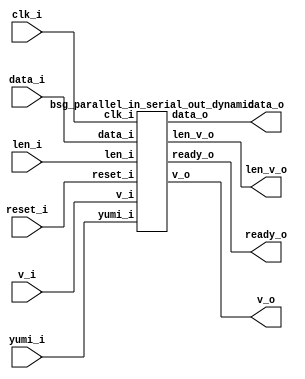
// This program was cloned from: https://github.com/chipsalliance/UHDM-integration-tests
// License: Apache License 2.0



module top
(
  clk_i,
  reset_i,
  v_i,
  len_i,
  data_i,
  ready_o,
  v_o,
  len_v_o,
  data_o,
  yumi_i
);

  input [2:0] len_i;
  input [79:0] data_i;
  output [15:0] data_o;
  input clk_i;
  input reset_i;
  input v_i;
  input yumi_i;
  output ready_o;
  output v_o;
  output len_v_o;

  bsg_parallel_in_serial_out_dynamic
  wrapper
  (
    .len_i(len_i),
    .data_i(data_i),
    .data_o(data_o),
    .clk_i(clk_i),
    .reset_i(reset_i),
    .v_i(v_i),
    .yumi_i(yumi_i),
    .ready_o(ready_o),
    .v_o(v_o),
    .len_v_o(len_v_o)
  );


endmodule



module bsg_mem_1r1w_synth_width_p3_els_p2_read_write_same_addr_p0
(
  w_clk_i,
  w_reset_i,
  w_v_i,
  w_addr_i,
  w_data_i,
  r_v_i,
  r_addr_i,
  r_data_o
);

  input [0:0] w_addr_i;
  input [2:0] w_data_i;
  input [0:0] r_addr_i;
  output [2:0] r_data_o;
  input w_clk_i;
  input w_reset_i;
  input w_v_i;
  input r_v_i;
  wire [2:0] r_data_o;
  wire N0,N1,N2,N3,N4,N5,N7,N8;
  wire [5:0] \nz.mem ;
  reg \nz.mem_5_sv2v_reg ,\nz.mem_4_sv2v_reg ,\nz.mem_3_sv2v_reg ,\nz.mem_2_sv2v_reg ,
  \nz.mem_1_sv2v_reg ,\nz.mem_0_sv2v_reg ;
  assign \nz.mem [5] = \nz.mem_5_sv2v_reg ;
  assign \nz.mem [4] = \nz.mem_4_sv2v_reg ;
  assign \nz.mem [3] = \nz.mem_3_sv2v_reg ;
  assign \nz.mem [2] = \nz.mem_2_sv2v_reg ;
  assign \nz.mem [1] = \nz.mem_1_sv2v_reg ;
  assign \nz.mem [0] = \nz.mem_0_sv2v_reg ;
  assign r_data_o[2] = (N3)? \nz.mem [2] : 
                       (N0)? \nz.mem [5] : 1'b0;
  assign N0 = r_addr_i[0];
  assign r_data_o[1] = (N3)? \nz.mem [1] : 
                       (N0)? \nz.mem [4] : 1'b0;
  assign r_data_o[0] = (N3)? \nz.mem [0] : 
                       (N0)? \nz.mem [3] : 1'b0;
  assign N5 = ~w_addr_i[0];
  assign { N8, N7 } = (N1)? { w_addr_i[0:0], N5 } : 
                      (N2)? { 1'b0, 1'b0 } : 1'b0;
  assign N1 = w_v_i;
  assign N2 = N4;
  assign N3 = ~r_addr_i[0];
  assign N4 = ~w_v_i;

  always @(posedge w_clk_i) begin
    if(N8) begin
      \nz.mem_5_sv2v_reg  <= w_data_i[2];
      \nz.mem_4_sv2v_reg  <= w_data_i[1];
      \nz.mem_3_sv2v_reg  <= w_data_i[0];
    end 
    if(N7) begin
      \nz.mem_2_sv2v_reg  <= w_data_i[2];
      \nz.mem_1_sv2v_reg  <= w_data_i[1];
      \nz.mem_0_sv2v_reg  <= w_data_i[0];
    end 
  end


endmodule



module bsg_mem_1r1w_width_p3_els_p2_read_write_same_addr_p0
(
  w_clk_i,
  w_reset_i,
  w_v_i,
  w_addr_i,
  w_data_i,
  r_v_i,
  r_addr_i,
  r_data_o
);

  input [0:0] w_addr_i;
  input [2:0] w_data_i;
  input [0:0] r_addr_i;
  output [2:0] r_data_o;
  input w_clk_i;
  input w_reset_i;
  input w_v_i;
  input r_v_i;
  wire [2:0] r_data_o;

  bsg_mem_1r1w_synth_width_p3_els_p2_read_write_same_addr_p0
  synth
  (
    .w_clk_i(w_clk_i),
    .w_reset_i(w_reset_i),
    .w_v_i(w_v_i),
    .w_addr_i(w_addr_i[0]),
    .w_data_i(w_data_i),
    .r_v_i(r_v_i),
    .r_addr_i(r_addr_i[0]),
    .r_data_o(r_data_o)
  );


endmodule



module bsg_two_fifo_width_p3
(
  clk_i,
  reset_i,
  ready_o,
  data_i,
  v_i,
  v_o,
  data_o,
  yumi_i
);

  input [2:0] data_i;
  output [2:0] data_o;
  input clk_i;
  input reset_i;
  input v_i;
  input yumi_i;
  output ready_o;
  output v_o;
  wire [2:0] data_o;
  wire ready_o,v_o,enq_i,tail_r,_0_net_,head_r,empty_r,full_r,N0,N1,N2,N3,N4,N5,N6,N7,
  N8,N9,N10,N11,N12,N13,N14;
  reg full_r_sv2v_reg,tail_r_sv2v_reg,head_r_sv2v_reg,empty_r_sv2v_reg;
  assign full_r = full_r_sv2v_reg;
  assign tail_r = tail_r_sv2v_reg;
  assign head_r = head_r_sv2v_reg;
  assign empty_r = empty_r_sv2v_reg;

  bsg_mem_1r1w_width_p3_els_p2_read_write_same_addr_p0
  mem_1r1w
  (
    .w_clk_i(clk_i),
    .w_reset_i(reset_i),
    .w_v_i(enq_i),
    .w_addr_i(tail_r),
    .w_data_i(data_i),
    .r_v_i(_0_net_),
    .r_addr_i(head_r),
    .r_data_o(data_o)
  );

  assign _0_net_ = ~empty_r;
  assign v_o = ~empty_r;
  assign ready_o = ~full_r;
  assign enq_i = v_i & N5;
  assign N5 = ~full_r;
  assign N1 = enq_i;
  assign N0 = ~tail_r;
  assign N2 = ~head_r;
  assign N3 = N7 | N9;
  assign N7 = empty_r & N6;
  assign N6 = ~enq_i;
  assign N9 = N8 & N6;
  assign N8 = N5 & yumi_i;
  assign N4 = N13 | N14;
  assign N13 = N11 & N12;
  assign N11 = N10 & enq_i;
  assign N10 = ~empty_r;
  assign N12 = ~yumi_i;
  assign N14 = full_r & N12;

  always @(posedge clk_i) begin
    if(reset_i) begin
      full_r_sv2v_reg <= 1'b0;
      empty_r_sv2v_reg <= 1'b1;
    end else if(1'b1) begin
      full_r_sv2v_reg <= N4;
      empty_r_sv2v_reg <= N3;
    end 
    if(reset_i) begin
      tail_r_sv2v_reg <= 1'b0;
    end else if(N1) begin
      tail_r_sv2v_reg <= N0;
    end 
    if(reset_i) begin
      head_r_sv2v_reg <= 1'b0;
    end else if(yumi_i) begin
      head_r_sv2v_reg <= N2;
    end 
  end


endmodule



module bsg_mem_1r1w_synth_width_p80_els_p2_read_write_same_addr_p0
(
  w_clk_i,
  w_reset_i,
  w_v_i,
  w_addr_i,
  w_data_i,
  r_v_i,
  r_addr_i,
  r_data_o
);

  input [0:0] w_addr_i;
  input [79:0] w_data_i;
  input [0:0] r_addr_i;
  output [79:0] r_data_o;
  input w_clk_i;
  input w_reset_i;
  input w_v_i;
  input r_v_i;
  wire [79:0] r_data_o;
  wire N0,N1,N2,N3,N4,N5,N7,N8;
  wire [159:0] \nz.mem ;
  reg \nz.mem_159_sv2v_reg ,\nz.mem_158_sv2v_reg ,\nz.mem_157_sv2v_reg ,
  \nz.mem_156_sv2v_reg ,\nz.mem_155_sv2v_reg ,\nz.mem_154_sv2v_reg ,\nz.mem_153_sv2v_reg ,
  \nz.mem_152_sv2v_reg ,\nz.mem_151_sv2v_reg ,\nz.mem_150_sv2v_reg ,
  \nz.mem_149_sv2v_reg ,\nz.mem_148_sv2v_reg ,\nz.mem_147_sv2v_reg ,\nz.mem_146_sv2v_reg ,
  \nz.mem_145_sv2v_reg ,\nz.mem_144_sv2v_reg ,\nz.mem_143_sv2v_reg ,\nz.mem_142_sv2v_reg ,
  \nz.mem_141_sv2v_reg ,\nz.mem_140_sv2v_reg ,\nz.mem_139_sv2v_reg ,
  \nz.mem_138_sv2v_reg ,\nz.mem_137_sv2v_reg ,\nz.mem_136_sv2v_reg ,\nz.mem_135_sv2v_reg ,
  \nz.mem_134_sv2v_reg ,\nz.mem_133_sv2v_reg ,\nz.mem_132_sv2v_reg ,\nz.mem_131_sv2v_reg ,
  \nz.mem_130_sv2v_reg ,\nz.mem_129_sv2v_reg ,\nz.mem_128_sv2v_reg ,
  \nz.mem_127_sv2v_reg ,\nz.mem_126_sv2v_reg ,\nz.mem_125_sv2v_reg ,\nz.mem_124_sv2v_reg ,
  \nz.mem_123_sv2v_reg ,\nz.mem_122_sv2v_reg ,\nz.mem_121_sv2v_reg ,\nz.mem_120_sv2v_reg ,
  \nz.mem_119_sv2v_reg ,\nz.mem_118_sv2v_reg ,\nz.mem_117_sv2v_reg ,
  \nz.mem_116_sv2v_reg ,\nz.mem_115_sv2v_reg ,\nz.mem_114_sv2v_reg ,\nz.mem_113_sv2v_reg ,
  \nz.mem_112_sv2v_reg ,\nz.mem_111_sv2v_reg ,\nz.mem_110_sv2v_reg ,
  \nz.mem_109_sv2v_reg ,\nz.mem_108_sv2v_reg ,\nz.mem_107_sv2v_reg ,\nz.mem_106_sv2v_reg ,
  \nz.mem_105_sv2v_reg ,\nz.mem_104_sv2v_reg ,\nz.mem_103_sv2v_reg ,\nz.mem_102_sv2v_reg ,
  \nz.mem_101_sv2v_reg ,\nz.mem_100_sv2v_reg ,\nz.mem_99_sv2v_reg ,
  \nz.mem_98_sv2v_reg ,\nz.mem_97_sv2v_reg ,\nz.mem_96_sv2v_reg ,\nz.mem_95_sv2v_reg ,
  \nz.mem_94_sv2v_reg ,\nz.mem_93_sv2v_reg ,\nz.mem_92_sv2v_reg ,\nz.mem_91_sv2v_reg ,
  \nz.mem_90_sv2v_reg ,\nz.mem_89_sv2v_reg ,\nz.mem_88_sv2v_reg ,\nz.mem_87_sv2v_reg ,
  \nz.mem_86_sv2v_reg ,\nz.mem_85_sv2v_reg ,\nz.mem_84_sv2v_reg ,\nz.mem_83_sv2v_reg ,
  \nz.mem_82_sv2v_reg ,\nz.mem_81_sv2v_reg ,\nz.mem_80_sv2v_reg ,
  \nz.mem_79_sv2v_reg ,\nz.mem_78_sv2v_reg ,\nz.mem_77_sv2v_reg ,\nz.mem_76_sv2v_reg ,
  \nz.mem_75_sv2v_reg ,\nz.mem_74_sv2v_reg ,\nz.mem_73_sv2v_reg ,\nz.mem_72_sv2v_reg ,
  \nz.mem_71_sv2v_reg ,\nz.mem_70_sv2v_reg ,\nz.mem_69_sv2v_reg ,\nz.mem_68_sv2v_reg ,
  \nz.mem_67_sv2v_reg ,\nz.mem_66_sv2v_reg ,\nz.mem_65_sv2v_reg ,\nz.mem_64_sv2v_reg ,
  \nz.mem_63_sv2v_reg ,\nz.mem_62_sv2v_reg ,\nz.mem_61_sv2v_reg ,\nz.mem_60_sv2v_reg ,
  \nz.mem_59_sv2v_reg ,\nz.mem_58_sv2v_reg ,\nz.mem_57_sv2v_reg ,
  \nz.mem_56_sv2v_reg ,\nz.mem_55_sv2v_reg ,\nz.mem_54_sv2v_reg ,\nz.mem_53_sv2v_reg ,
  \nz.mem_52_sv2v_reg ,\nz.mem_51_sv2v_reg ,\nz.mem_50_sv2v_reg ,\nz.mem_49_sv2v_reg ,
  \nz.mem_48_sv2v_reg ,\nz.mem_47_sv2v_reg ,\nz.mem_46_sv2v_reg ,\nz.mem_45_sv2v_reg ,
  \nz.mem_44_sv2v_reg ,\nz.mem_43_sv2v_reg ,\nz.mem_42_sv2v_reg ,\nz.mem_41_sv2v_reg ,
  \nz.mem_40_sv2v_reg ,\nz.mem_39_sv2v_reg ,\nz.mem_38_sv2v_reg ,
  \nz.mem_37_sv2v_reg ,\nz.mem_36_sv2v_reg ,\nz.mem_35_sv2v_reg ,\nz.mem_34_sv2v_reg ,
  \nz.mem_33_sv2v_reg ,\nz.mem_32_sv2v_reg ,\nz.mem_31_sv2v_reg ,\nz.mem_30_sv2v_reg ,
  \nz.mem_29_sv2v_reg ,\nz.mem_28_sv2v_reg ,\nz.mem_27_sv2v_reg ,\nz.mem_26_sv2v_reg ,
  \nz.mem_25_sv2v_reg ,\nz.mem_24_sv2v_reg ,\nz.mem_23_sv2v_reg ,\nz.mem_22_sv2v_reg ,
  \nz.mem_21_sv2v_reg ,\nz.mem_20_sv2v_reg ,\nz.mem_19_sv2v_reg ,
  \nz.mem_18_sv2v_reg ,\nz.mem_17_sv2v_reg ,\nz.mem_16_sv2v_reg ,\nz.mem_15_sv2v_reg ,
  \nz.mem_14_sv2v_reg ,\nz.mem_13_sv2v_reg ,\nz.mem_12_sv2v_reg ,\nz.mem_11_sv2v_reg ,
  \nz.mem_10_sv2v_reg ,\nz.mem_9_sv2v_reg ,\nz.mem_8_sv2v_reg ,\nz.mem_7_sv2v_reg ,
  \nz.mem_6_sv2v_reg ,\nz.mem_5_sv2v_reg ,\nz.mem_4_sv2v_reg ,\nz.mem_3_sv2v_reg ,
  \nz.mem_2_sv2v_reg ,\nz.mem_1_sv2v_reg ,\nz.mem_0_sv2v_reg ;
  assign \nz.mem [159] = \nz.mem_159_sv2v_reg ;
  assign \nz.mem [158] = \nz.mem_158_sv2v_reg ;
  assign \nz.mem [157] = \nz.mem_157_sv2v_reg ;
  assign \nz.mem [156] = \nz.mem_156_sv2v_reg ;
  assign \nz.mem [155] = \nz.mem_155_sv2v_reg ;
  assign \nz.mem [154] = \nz.mem_154_sv2v_reg ;
  assign \nz.mem [153] = \nz.mem_153_sv2v_reg ;
  assign \nz.mem [152] = \nz.mem_152_sv2v_reg ;
  assign \nz.mem [151] = \nz.mem_151_sv2v_reg ;
  assign \nz.mem [150] = \nz.mem_150_sv2v_reg ;
  assign \nz.mem [149] = \nz.mem_149_sv2v_reg ;
  assign \nz.mem [148] = \nz.mem_148_sv2v_reg ;
  assign \nz.mem [147] = \nz.mem_147_sv2v_reg ;
  assign \nz.mem [146] = \nz.mem_146_sv2v_reg ;
  assign \nz.mem [145] = \nz.mem_145_sv2v_reg ;
  assign \nz.mem [144] = \nz.mem_144_sv2v_reg ;
  assign \nz.mem [143] = \nz.mem_143_sv2v_reg ;
  assign \nz.mem [142] = \nz.mem_142_sv2v_reg ;
  assign \nz.mem [141] = \nz.mem_141_sv2v_reg ;
  assign \nz.mem [140] = \nz.mem_140_sv2v_reg ;
  assign \nz.mem [139] = \nz.mem_139_sv2v_reg ;
  assign \nz.mem [138] = \nz.mem_138_sv2v_reg ;
  assign \nz.mem [137] = \nz.mem_137_sv2v_reg ;
  assign \nz.mem [136] = \nz.mem_136_sv2v_reg ;
  assign \nz.mem [135] = \nz.mem_135_sv2v_reg ;
  assign \nz.mem [134] = \nz.mem_134_sv2v_reg ;
  assign \nz.mem [133] = \nz.mem_133_sv2v_reg ;
  assign \nz.mem [132] = \nz.mem_132_sv2v_reg ;
  assign \nz.mem [131] = \nz.mem_131_sv2v_reg ;
  assign \nz.mem [130] = \nz.mem_130_sv2v_reg ;
  assign \nz.mem [129] = \nz.mem_129_sv2v_reg ;
  assign \nz.mem [128] = \nz.mem_128_sv2v_reg ;
  assign \nz.mem [127] = \nz.mem_127_sv2v_reg ;
  assign \nz.mem [126] = \nz.mem_126_sv2v_reg ;
  assign \nz.mem [125] = \nz.mem_125_sv2v_reg ;
  assign \nz.mem [124] = \nz.mem_124_sv2v_reg ;
  assign \nz.mem [123] = \nz.mem_123_sv2v_reg ;
  assign \nz.mem [122] = \nz.mem_122_sv2v_reg ;
  assign \nz.mem [121] = \nz.mem_121_sv2v_reg ;
  assign \nz.mem [120] = \nz.mem_120_sv2v_reg ;
  assign \nz.mem [119] = \nz.mem_119_sv2v_reg ;
  assign \nz.mem [118] = \nz.mem_118_sv2v_reg ;
  assign \nz.mem [117] = \nz.mem_117_sv2v_reg ;
  assign \nz.mem [116] = \nz.mem_116_sv2v_reg ;
  assign \nz.mem [115] = \nz.mem_115_sv2v_reg ;
  assign \nz.mem [114] = \nz.mem_114_sv2v_reg ;
  assign \nz.mem [113] = \nz.mem_113_sv2v_reg ;
  assign \nz.mem [112] = \nz.mem_112_sv2v_reg ;
  assign \nz.mem [111] = \nz.mem_111_sv2v_reg ;
  assign \nz.mem [110] = \nz.mem_110_sv2v_reg ;
  assign \nz.mem [109] = \nz.mem_109_sv2v_reg ;
  assign \nz.mem [108] = \nz.mem_108_sv2v_reg ;
  assign \nz.mem [107] = \nz.mem_107_sv2v_reg ;
  assign \nz.mem [106] = \nz.mem_106_sv2v_reg ;
  assign \nz.mem [105] = \nz.mem_105_sv2v_reg ;
  assign \nz.mem [104] = \nz.mem_104_sv2v_reg ;
  assign \nz.mem [103] = \nz.mem_103_sv2v_reg ;
  assign \nz.mem [102] = \nz.mem_102_sv2v_reg ;
  assign \nz.mem [101] = \nz.mem_101_sv2v_reg ;
  assign \nz.mem [100] = \nz.mem_100_sv2v_reg ;
  assign \nz.mem [99] = \nz.mem_99_sv2v_reg ;
  assign \nz.mem [98] = \nz.mem_98_sv2v_reg ;
  assign \nz.mem [97] = \nz.mem_97_sv2v_reg ;
  assign \nz.mem [96] = \nz.mem_96_sv2v_reg ;
  assign \nz.mem [95] = \nz.mem_95_sv2v_reg ;
  assign \nz.mem [94] = \nz.mem_94_sv2v_reg ;
  assign \nz.mem [93] = \nz.mem_93_sv2v_reg ;
  assign \nz.mem [92] = \nz.mem_92_sv2v_reg ;
  assign \nz.mem [91] = \nz.mem_91_sv2v_reg ;
  assign \nz.mem [90] = \nz.mem_90_sv2v_reg ;
  assign \nz.mem [89] = \nz.mem_89_sv2v_reg ;
  assign \nz.mem [88] = \nz.mem_88_sv2v_reg ;
  assign \nz.mem [87] = \nz.mem_87_sv2v_reg ;
  assign \nz.mem [86] = \nz.mem_86_sv2v_reg ;
  assign \nz.mem [85] = \nz.mem_85_sv2v_reg ;
  assign \nz.mem [84] = \nz.mem_84_sv2v_reg ;
  assign \nz.mem [83] = \nz.mem_83_sv2v_reg ;
  assign \nz.mem [82] = \nz.mem_82_sv2v_reg ;
  assign \nz.mem [81] = \nz.mem_81_sv2v_reg ;
  assign \nz.mem [80] = \nz.mem_80_sv2v_reg ;
  assign \nz.mem [79] = \nz.mem_79_sv2v_reg ;
  assign \nz.mem [78] = \nz.mem_78_sv2v_reg ;
  assign \nz.mem [77] = \nz.mem_77_sv2v_reg ;
  assign \nz.mem [76] = \nz.mem_76_sv2v_reg ;
  assign \nz.mem [75] = \nz.mem_75_sv2v_reg ;
  assign \nz.mem [74] = \nz.mem_74_sv2v_reg ;
  assign \nz.mem [73] = \nz.mem_73_sv2v_reg ;
  assign \nz.mem [72] = \nz.mem_72_sv2v_reg ;
  assign \nz.mem [71] = \nz.mem_71_sv2v_reg ;
  assign \nz.mem [70] = \nz.mem_70_sv2v_reg ;
  assign \nz.mem [69] = \nz.mem_69_sv2v_reg ;
  assign \nz.mem [68] = \nz.mem_68_sv2v_reg ;
  assign \nz.mem [67] = \nz.mem_67_sv2v_reg ;
  assign \nz.mem [66] = \nz.mem_66_sv2v_reg ;
  assign \nz.mem [65] = \nz.mem_65_sv2v_reg ;
  assign \nz.mem [64] = \nz.mem_64_sv2v_reg ;
  assign \nz.mem [63] = \nz.mem_63_sv2v_reg ;
  assign \nz.mem [62] = \nz.mem_62_sv2v_reg ;
  assign \nz.mem [61] = \nz.mem_61_sv2v_reg ;
  assign \nz.mem [60] = \nz.mem_60_sv2v_reg ;
  assign \nz.mem [59] = \nz.mem_59_sv2v_reg ;
  assign \nz.mem [58] = \nz.mem_58_sv2v_reg ;
  assign \nz.mem [57] = \nz.mem_57_sv2v_reg ;
  assign \nz.mem [56] = \nz.mem_56_sv2v_reg ;
  assign \nz.mem [55] = \nz.mem_55_sv2v_reg ;
  assign \nz.mem [54] = \nz.mem_54_sv2v_reg ;
  assign \nz.mem [53] = \nz.mem_53_sv2v_reg ;
  assign \nz.mem [52] = \nz.mem_52_sv2v_reg ;
  assign \nz.mem [51] = \nz.mem_51_sv2v_reg ;
  assign \nz.mem [50] = \nz.mem_50_sv2v_reg ;
  assign \nz.mem [49] = \nz.mem_49_sv2v_reg ;
  assign \nz.mem [48] = \nz.mem_48_sv2v_reg ;
  assign \nz.mem [47] = \nz.mem_47_sv2v_reg ;
  assign \nz.mem [46] = \nz.mem_46_sv2v_reg ;
  assign \nz.mem [45] = \nz.mem_45_sv2v_reg ;
  assign \nz.mem [44] = \nz.mem_44_sv2v_reg ;
  assign \nz.mem [43] = \nz.mem_43_sv2v_reg ;
  assign \nz.mem [42] = \nz.mem_42_sv2v_reg ;
  assign \nz.mem [41] = \nz.mem_41_sv2v_reg ;
  assign \nz.mem [40] = \nz.mem_40_sv2v_reg ;
  assign \nz.mem [39] = \nz.mem_39_sv2v_reg ;
  assign \nz.mem [38] = \nz.mem_38_sv2v_reg ;
  assign \nz.mem [37] = \nz.mem_37_sv2v_reg ;
  assign \nz.mem [36] = \nz.mem_36_sv2v_reg ;
  assign \nz.mem [35] = \nz.mem_35_sv2v_reg ;
  assign \nz.mem [34] = \nz.mem_34_sv2v_reg ;
  assign \nz.mem [33] = \nz.mem_33_sv2v_reg ;
  assign \nz.mem [32] = \nz.mem_32_sv2v_reg ;
  assign \nz.mem [31] = \nz.mem_31_sv2v_reg ;
  assign \nz.mem [30] = \nz.mem_30_sv2v_reg ;
  assign \nz.mem [29] = \nz.mem_29_sv2v_reg ;
  assign \nz.mem [28] = \nz.mem_28_sv2v_reg ;
  assign \nz.mem [27] = \nz.mem_27_sv2v_reg ;
  assign \nz.mem [26] = \nz.mem_26_sv2v_reg ;
  assign \nz.mem [25] = \nz.mem_25_sv2v_reg ;
  assign \nz.mem [24] = \nz.mem_24_sv2v_reg ;
  assign \nz.mem [23] = \nz.mem_23_sv2v_reg ;
  assign \nz.mem [22] = \nz.mem_22_sv2v_reg ;
  assign \nz.mem [21] = \nz.mem_21_sv2v_reg ;
  assign \nz.mem [20] = \nz.mem_20_sv2v_reg ;
  assign \nz.mem [19] = \nz.mem_19_sv2v_reg ;
  assign \nz.mem [18] = \nz.mem_18_sv2v_reg ;
  assign \nz.mem [17] = \nz.mem_17_sv2v_reg ;
  assign \nz.mem [16] = \nz.mem_16_sv2v_reg ;
  assign \nz.mem [15] = \nz.mem_15_sv2v_reg ;
  assign \nz.mem [14] = \nz.mem_14_sv2v_reg ;
  assign \nz.mem [13] = \nz.mem_13_sv2v_reg ;
  assign \nz.mem [12] = \nz.mem_12_sv2v_reg ;
  assign \nz.mem [11] = \nz.mem_11_sv2v_reg ;
  assign \nz.mem [10] = \nz.mem_10_sv2v_reg ;
  assign \nz.mem [9] = \nz.mem_9_sv2v_reg ;
  assign \nz.mem [8] = \nz.mem_8_sv2v_reg ;
  assign \nz.mem [7] = \nz.mem_7_sv2v_reg ;
  assign \nz.mem [6] = \nz.mem_6_sv2v_reg ;
  assign \nz.mem [5] = \nz.mem_5_sv2v_reg ;
  assign \nz.mem [4] = \nz.mem_4_sv2v_reg ;
  assign \nz.mem [3] = \nz.mem_3_sv2v_reg ;
  assign \nz.mem [2] = \nz.mem_2_sv2v_reg ;
  assign \nz.mem [1] = \nz.mem_1_sv2v_reg ;
  assign \nz.mem [0] = \nz.mem_0_sv2v_reg ;
  assign r_data_o[79] = (N3)? \nz.mem [79] : 
                        (N0)? \nz.mem [159] : 1'b0;
  assign N0 = r_addr_i[0];
  assign r_data_o[78] = (N3)? \nz.mem [78] : 
                        (N0)? \nz.mem [158] : 1'b0;
  assign r_data_o[77] = (N3)? \nz.mem [77] : 
                        (N0)? \nz.mem [157] : 1'b0;
  assign r_data_o[76] = (N3)? \nz.mem [76] : 
                        (N0)? \nz.mem [156] : 1'b0;
  assign r_data_o[75] = (N3)? \nz.mem [75] : 
                        (N0)? \nz.mem [155] : 1'b0;
  assign r_data_o[74] = (N3)? \nz.mem [74] : 
                        (N0)? \nz.mem [154] : 1'b0;
  assign r_data_o[73] = (N3)? \nz.mem [73] : 
                        (N0)? \nz.mem [153] : 1'b0;
  assign r_data_o[72] = (N3)? \nz.mem [72] : 
                        (N0)? \nz.mem [152] : 1'b0;
  assign r_data_o[71] = (N3)? \nz.mem [71] : 
                        (N0)? \nz.mem [151] : 1'b0;
  assign r_data_o[70] = (N3)? \nz.mem [70] : 
                        (N0)? \nz.mem [150] : 1'b0;
  assign r_data_o[69] = (N3)? \nz.mem [69] : 
                        (N0)? \nz.mem [149] : 1'b0;
  assign r_data_o[68] = (N3)? \nz.mem [68] : 
                        (N0)? \nz.mem [148] : 1'b0;
  assign r_data_o[67] = (N3)? \nz.mem [67] : 
                        (N0)? \nz.mem [147] : 1'b0;
  assign r_data_o[66] = (N3)? \nz.mem [66] : 
                        (N0)? \nz.mem [146] : 1'b0;
  assign r_data_o[65] = (N3)? \nz.mem [65] : 
                        (N0)? \nz.mem [145] : 1'b0;
  assign r_data_o[64] = (N3)? \nz.mem [64] : 
                        (N0)? \nz.mem [144] : 1'b0;
  assign r_data_o[63] = (N3)? \nz.mem [63] : 
                        (N0)? \nz.mem [143] : 1'b0;
  assign r_data_o[62] = (N3)? \nz.mem [62] : 
                        (N0)? \nz.mem [142] : 1'b0;
  assign r_data_o[61] = (N3)? \nz.mem [61] : 
                        (N0)? \nz.mem [141] : 1'b0;
  assign r_data_o[60] = (N3)? \nz.mem [60] : 
                        (N0)? \nz.mem [140] : 1'b0;
  assign r_data_o[59] = (N3)? \nz.mem [59] : 
                        (N0)? \nz.mem [139] : 1'b0;
  assign r_data_o[58] = (N3)? \nz.mem [58] : 
                        (N0)? \nz.mem [138] : 1'b0;
  assign r_data_o[57] = (N3)? \nz.mem [57] : 
                        (N0)? \nz.mem [137] : 1'b0;
  assign r_data_o[56] = (N3)? \nz.mem [56] : 
                        (N0)? \nz.mem [136] : 1'b0;
  assign r_data_o[55] = (N3)? \nz.mem [55] : 
                        (N0)? \nz.mem [135] : 1'b0;
  assign r_data_o[54] = (N3)? \nz.mem [54] : 
                        (N0)? \nz.mem [134] : 1'b0;
  assign r_data_o[53] = (N3)? \nz.mem [53] : 
                        (N0)? \nz.mem [133] : 1'b0;
  assign r_data_o[52] = (N3)? \nz.mem [52] : 
                        (N0)? \nz.mem [132] : 1'b0;
  assign r_data_o[51] = (N3)? \nz.mem [51] : 
                        (N0)? \nz.mem [131] : 1'b0;
  assign r_data_o[50] = (N3)? \nz.mem [50] : 
                        (N0)? \nz.mem [130] : 1'b0;
  assign r_data_o[49] = (N3)? \nz.mem [49] : 
                        (N0)? \nz.mem [129] : 1'b0;
  assign r_data_o[48] = (N3)? \nz.mem [48] : 
                        (N0)? \nz.mem [128] : 1'b0;
  assign r_data_o[47] = (N3)? \nz.mem [47] : 
                        (N0)? \nz.mem [127] : 1'b0;
  assign r_data_o[46] = (N3)? \nz.mem [46] : 
                        (N0)? \nz.mem [126] : 1'b0;
  assign r_data_o[45] = (N3)? \nz.mem [45] : 
                        (N0)? \nz.mem [125] : 1'b0;
  assign r_data_o[44] = (N3)? \nz.mem [44] : 
                        (N0)? \nz.mem [124] : 1'b0;
  assign r_data_o[43] = (N3)? \nz.mem [43] : 
                        (N0)? \nz.mem [123] : 1'b0;
  assign r_data_o[42] = (N3)? \nz.mem [42] : 
                        (N0)? \nz.mem [122] : 1'b0;
  assign r_data_o[41] = (N3)? \nz.mem [41] : 
                        (N0)? \nz.mem [121] : 1'b0;
  assign r_data_o[40] = (N3)? \nz.mem [40] : 
                        (N0)? \nz.mem [120] : 1'b0;
  assign r_data_o[39] = (N3)? \nz.mem [39] : 
                        (N0)? \nz.mem [119] : 1'b0;
  assign r_data_o[38] = (N3)? \nz.mem [38] : 
                        (N0)? \nz.mem [118] : 1'b0;
  assign r_data_o[37] = (N3)? \nz.mem [37] : 
                        (N0)? \nz.mem [117] : 1'b0;
  assign r_data_o[36] = (N3)? \nz.mem [36] : 
                        (N0)? \nz.mem [116] : 1'b0;
  assign r_data_o[35] = (N3)? \nz.mem [35] : 
                        (N0)? \nz.mem [115] : 1'b0;
  assign r_data_o[34] = (N3)? \nz.mem [34] : 
                        (N0)? \nz.mem [114] : 1'b0;
  assign r_data_o[33] = (N3)? \nz.mem [33] : 
                        (N0)? \nz.mem [113] : 1'b0;
  assign r_data_o[32] = (N3)? \nz.mem [32] : 
                        (N0)? \nz.mem [112] : 1'b0;
  assign r_data_o[31] = (N3)? \nz.mem [31] : 
                        (N0)? \nz.mem [111] : 1'b0;
  assign r_data_o[30] = (N3)? \nz.mem [30] : 
                        (N0)? \nz.mem [110] : 1'b0;
  assign r_data_o[29] = (N3)? \nz.mem [29] : 
                        (N0)? \nz.mem [109] : 1'b0;
  assign r_data_o[28] = (N3)? \nz.mem [28] : 
                        (N0)? \nz.mem [108] : 1'b0;
  assign r_data_o[27] = (N3)? \nz.mem [27] : 
                        (N0)? \nz.mem [107] : 1'b0;
  assign r_data_o[26] = (N3)? \nz.mem [26] : 
                        (N0)? \nz.mem [106] : 1'b0;
  assign r_data_o[25] = (N3)? \nz.mem [25] : 
                        (N0)? \nz.mem [105] : 1'b0;
  assign r_data_o[24] = (N3)? \nz.mem [24] : 
                        (N0)? \nz.mem [104] : 1'b0;
  assign r_data_o[23] = (N3)? \nz.mem [23] : 
                        (N0)? \nz.mem [103] : 1'b0;
  assign r_data_o[22] = (N3)? \nz.mem [22] : 
                        (N0)? \nz.mem [102] : 1'b0;
  assign r_data_o[21] = (N3)? \nz.mem [21] : 
                        (N0)? \nz.mem [101] : 1'b0;
  assign r_data_o[20] = (N3)? \nz.mem [20] : 
                        (N0)? \nz.mem [100] : 1'b0;
  assign r_data_o[19] = (N3)? \nz.mem [19] : 
                        (N0)? \nz.mem [99] : 1'b0;
  assign r_data_o[18] = (N3)? \nz.mem [18] : 
                        (N0)? \nz.mem [98] : 1'b0;
  assign r_data_o[17] = (N3)? \nz.mem [17] : 
                        (N0)? \nz.mem [97] : 1'b0;
  assign r_data_o[16] = (N3)? \nz.mem [16] : 
                        (N0)? \nz.mem [96] : 1'b0;
  assign r_data_o[15] = (N3)? \nz.mem [15] : 
                        (N0)? \nz.mem [95] : 1'b0;
  assign r_data_o[14] = (N3)? \nz.mem [14] : 
                        (N0)? \nz.mem [94] : 1'b0;
  assign r_data_o[13] = (N3)? \nz.mem [13] : 
                        (N0)? \nz.mem [93] : 1'b0;
  assign r_data_o[12] = (N3)? \nz.mem [12] : 
                        (N0)? \nz.mem [92] : 1'b0;
  assign r_data_o[11] = (N3)? \nz.mem [11] : 
                        (N0)? \nz.mem [91] : 1'b0;
  assign r_data_o[10] = (N3)? \nz.mem [10] : 
                        (N0)? \nz.mem [90] : 1'b0;
  assign r_data_o[9] = (N3)? \nz.mem [9] : 
                       (N0)? \nz.mem [89] : 1'b0;
  assign r_data_o[8] = (N3)? \nz.mem [8] : 
                       (N0)? \nz.mem [88] : 1'b0;
  assign r_data_o[7] = (N3)? \nz.mem [7] : 
                       (N0)? \nz.mem [87] : 1'b0;
  assign r_data_o[6] = (N3)? \nz.mem [6] : 
                       (N0)? \nz.mem [86] : 1'b0;
  assign r_data_o[5] = (N3)? \nz.mem [5] : 
                       (N0)? \nz.mem [85] : 1'b0;
  assign r_data_o[4] = (N3)? \nz.mem [4] : 
                       (N0)? \nz.mem [84] : 1'b0;
  assign r_data_o[3] = (N3)? \nz.mem [3] : 
                       (N0)? \nz.mem [83] : 1'b0;
  assign r_data_o[2] = (N3)? \nz.mem [2] : 
                       (N0)? \nz.mem [82] : 1'b0;
  assign r_data_o[1] = (N3)? \nz.mem [1] : 
                       (N0)? \nz.mem [81] : 1'b0;
  assign r_data_o[0] = (N3)? \nz.mem [0] : 
                       (N0)? \nz.mem [80] : 1'b0;
  assign N5 = ~w_addr_i[0];
  assign { N8, N7 } = (N1)? { w_addr_i[0:0], N5 } : 
                      (N2)? { 1'b0, 1'b0 } : 1'b0;
  assign N1 = w_v_i;
  assign N2 = N4;
  assign N3 = ~r_addr_i[0];
  assign N4 = ~w_v_i;

  always @(posedge w_clk_i) begin
    if(N8) begin
      \nz.mem_159_sv2v_reg  <= w_data_i[79];
      \nz.mem_158_sv2v_reg  <= w_data_i[78];
      \nz.mem_157_sv2v_reg  <= w_data_i[77];
      \nz.mem_156_sv2v_reg  <= w_data_i[76];
      \nz.mem_155_sv2v_reg  <= w_data_i[75];
      \nz.mem_154_sv2v_reg  <= w_data_i[74];
      \nz.mem_153_sv2v_reg  <= w_data_i[73];
      \nz.mem_152_sv2v_reg  <= w_data_i[72];
      \nz.mem_151_sv2v_reg  <= w_data_i[71];
      \nz.mem_150_sv2v_reg  <= w_data_i[70];
      \nz.mem_149_sv2v_reg  <= w_data_i[69];
      \nz.mem_148_sv2v_reg  <= w_data_i[68];
      \nz.mem_147_sv2v_reg  <= w_data_i[67];
      \nz.mem_146_sv2v_reg  <= w_data_i[66];
      \nz.mem_145_sv2v_reg  <= w_data_i[65];
      \nz.mem_144_sv2v_reg  <= w_data_i[64];
      \nz.mem_143_sv2v_reg  <= w_data_i[63];
      \nz.mem_142_sv2v_reg  <= w_data_i[62];
      \nz.mem_141_sv2v_reg  <= w_data_i[61];
      \nz.mem_140_sv2v_reg  <= w_data_i[60];
      \nz.mem_139_sv2v_reg  <= w_data_i[59];
      \nz.mem_138_sv2v_reg  <= w_data_i[58];
      \nz.mem_137_sv2v_reg  <= w_data_i[57];
      \nz.mem_136_sv2v_reg  <= w_data_i[56];
      \nz.mem_135_sv2v_reg  <= w_data_i[55];
      \nz.mem_134_sv2v_reg  <= w_data_i[54];
      \nz.mem_133_sv2v_reg  <= w_data_i[53];
      \nz.mem_132_sv2v_reg  <= w_data_i[52];
      \nz.mem_131_sv2v_reg  <= w_data_i[51];
      \nz.mem_130_sv2v_reg  <= w_data_i[50];
      \nz.mem_129_sv2v_reg  <= w_data_i[49];
      \nz.mem_128_sv2v_reg  <= w_data_i[48];
      \nz.mem_127_sv2v_reg  <= w_data_i[47];
      \nz.mem_126_sv2v_reg  <= w_data_i[46];
      \nz.mem_125_sv2v_reg  <= w_data_i[45];
      \nz.mem_124_sv2v_reg  <= w_data_i[44];
      \nz.mem_123_sv2v_reg  <= w_data_i[43];
      \nz.mem_122_sv2v_reg  <= w_data_i[42];
      \nz.mem_121_sv2v_reg  <= w_data_i[41];
      \nz.mem_120_sv2v_reg  <= w_data_i[40];
      \nz.mem_119_sv2v_reg  <= w_data_i[39];
      \nz.mem_118_sv2v_reg  <= w_data_i[38];
      \nz.mem_117_sv2v_reg  <= w_data_i[37];
      \nz.mem_116_sv2v_reg  <= w_data_i[36];
      \nz.mem_115_sv2v_reg  <= w_data_i[35];
      \nz.mem_114_sv2v_reg  <= w_data_i[34];
      \nz.mem_113_sv2v_reg  <= w_data_i[33];
      \nz.mem_112_sv2v_reg  <= w_data_i[32];
      \nz.mem_111_sv2v_reg  <= w_data_i[31];
      \nz.mem_110_sv2v_reg  <= w_data_i[30];
      \nz.mem_109_sv2v_reg  <= w_data_i[29];
      \nz.mem_108_sv2v_reg  <= w_data_i[28];
      \nz.mem_107_sv2v_reg  <= w_data_i[27];
      \nz.mem_106_sv2v_reg  <= w_data_i[26];
      \nz.mem_105_sv2v_reg  <= w_data_i[25];
      \nz.mem_104_sv2v_reg  <= w_data_i[24];
      \nz.mem_103_sv2v_reg  <= w_data_i[23];
      \nz.mem_102_sv2v_reg  <= w_data_i[22];
      \nz.mem_101_sv2v_reg  <= w_data_i[21];
      \nz.mem_100_sv2v_reg  <= w_data_i[20];
      \nz.mem_99_sv2v_reg  <= w_data_i[19];
      \nz.mem_98_sv2v_reg  <= w_data_i[18];
      \nz.mem_97_sv2v_reg  <= w_data_i[17];
      \nz.mem_96_sv2v_reg  <= w_data_i[16];
      \nz.mem_95_sv2v_reg  <= w_data_i[15];
      \nz.mem_94_sv2v_reg  <= w_data_i[14];
      \nz.mem_93_sv2v_reg  <= w_data_i[13];
      \nz.mem_92_sv2v_reg  <= w_data_i[12];
      \nz.mem_91_sv2v_reg  <= w_data_i[11];
      \nz.mem_90_sv2v_reg  <= w_data_i[10];
      \nz.mem_89_sv2v_reg  <= w_data_i[9];
      \nz.mem_88_sv2v_reg  <= w_data_i[8];
      \nz.mem_87_sv2v_reg  <= w_data_i[7];
      \nz.mem_86_sv2v_reg  <= w_data_i[6];
      \nz.mem_85_sv2v_reg  <= w_data_i[5];
      \nz.mem_84_sv2v_reg  <= w_data_i[4];
      \nz.mem_83_sv2v_reg  <= w_data_i[3];
      \nz.mem_82_sv2v_reg  <= w_data_i[2];
      \nz.mem_81_sv2v_reg  <= w_data_i[1];
      \nz.mem_80_sv2v_reg  <= w_data_i[0];
    end 
    if(N7) begin
      \nz.mem_79_sv2v_reg  <= w_data_i[79];
      \nz.mem_78_sv2v_reg  <= w_data_i[78];
      \nz.mem_77_sv2v_reg  <= w_data_i[77];
      \nz.mem_76_sv2v_reg  <= w_data_i[76];
      \nz.mem_75_sv2v_reg  <= w_data_i[75];
      \nz.mem_74_sv2v_reg  <= w_data_i[74];
      \nz.mem_73_sv2v_reg  <= w_data_i[73];
      \nz.mem_72_sv2v_reg  <= w_data_i[72];
      \nz.mem_71_sv2v_reg  <= w_data_i[71];
      \nz.mem_70_sv2v_reg  <= w_data_i[70];
      \nz.mem_69_sv2v_reg  <= w_data_i[69];
      \nz.mem_68_sv2v_reg  <= w_data_i[68];
      \nz.mem_67_sv2v_reg  <= w_data_i[67];
      \nz.mem_66_sv2v_reg  <= w_data_i[66];
      \nz.mem_65_sv2v_reg  <= w_data_i[65];
      \nz.mem_64_sv2v_reg  <= w_data_i[64];
      \nz.mem_63_sv2v_reg  <= w_data_i[63];
      \nz.mem_62_sv2v_reg  <= w_data_i[62];
      \nz.mem_61_sv2v_reg  <= w_data_i[61];
      \nz.mem_60_sv2v_reg  <= w_data_i[60];
      \nz.mem_59_sv2v_reg  <= w_data_i[59];
      \nz.mem_58_sv2v_reg  <= w_data_i[58];
      \nz.mem_57_sv2v_reg  <= w_data_i[57];
      \nz.mem_56_sv2v_reg  <= w_data_i[56];
      \nz.mem_55_sv2v_reg  <= w_data_i[55];
      \nz.mem_54_sv2v_reg  <= w_data_i[54];
      \nz.mem_53_sv2v_reg  <= w_data_i[53];
      \nz.mem_52_sv2v_reg  <= w_data_i[52];
      \nz.mem_51_sv2v_reg  <= w_data_i[51];
      \nz.mem_50_sv2v_reg  <= w_data_i[50];
      \nz.mem_49_sv2v_reg  <= w_data_i[49];
      \nz.mem_48_sv2v_reg  <= w_data_i[48];
      \nz.mem_47_sv2v_reg  <= w_data_i[47];
      \nz.mem_46_sv2v_reg  <= w_data_i[46];
      \nz.mem_45_sv2v_reg  <= w_data_i[45];
      \nz.mem_44_sv2v_reg  <= w_data_i[44];
      \nz.mem_43_sv2v_reg  <= w_data_i[43];
      \nz.mem_42_sv2v_reg  <= w_data_i[42];
      \nz.mem_41_sv2v_reg  <= w_data_i[41];
      \nz.mem_40_sv2v_reg  <= w_data_i[40];
      \nz.mem_39_sv2v_reg  <= w_data_i[39];
      \nz.mem_38_sv2v_reg  <= w_data_i[38];
      \nz.mem_37_sv2v_reg  <= w_data_i[37];
      \nz.mem_36_sv2v_reg  <= w_data_i[36];
      \nz.mem_35_sv2v_reg  <= w_data_i[35];
      \nz.mem_34_sv2v_reg  <= w_data_i[34];
      \nz.mem_33_sv2v_reg  <= w_data_i[33];
      \nz.mem_32_sv2v_reg  <= w_data_i[32];
      \nz.mem_31_sv2v_reg  <= w_data_i[31];
      \nz.mem_30_sv2v_reg  <= w_data_i[30];
      \nz.mem_29_sv2v_reg  <= w_data_i[29];
      \nz.mem_28_sv2v_reg  <= w_data_i[28];
      \nz.mem_27_sv2v_reg  <= w_data_i[27];
      \nz.mem_26_sv2v_reg  <= w_data_i[26];
      \nz.mem_25_sv2v_reg  <= w_data_i[25];
      \nz.mem_24_sv2v_reg  <= w_data_i[24];
      \nz.mem_23_sv2v_reg  <= w_data_i[23];
      \nz.mem_22_sv2v_reg  <= w_data_i[22];
      \nz.mem_21_sv2v_reg  <= w_data_i[21];
      \nz.mem_20_sv2v_reg  <= w_data_i[20];
      \nz.mem_19_sv2v_reg  <= w_data_i[19];
      \nz.mem_18_sv2v_reg  <= w_data_i[18];
      \nz.mem_17_sv2v_reg  <= w_data_i[17];
      \nz.mem_16_sv2v_reg  <= w_data_i[16];
      \nz.mem_15_sv2v_reg  <= w_data_i[15];
      \nz.mem_14_sv2v_reg  <= w_data_i[14];
      \nz.mem_13_sv2v_reg  <= w_data_i[13];
      \nz.mem_12_sv2v_reg  <= w_data_i[12];
      \nz.mem_11_sv2v_reg  <= w_data_i[11];
      \nz.mem_10_sv2v_reg  <= w_data_i[10];
      \nz.mem_9_sv2v_reg  <= w_data_i[9];
      \nz.mem_8_sv2v_reg  <= w_data_i[8];
      \nz.mem_7_sv2v_reg  <= w_data_i[7];
      \nz.mem_6_sv2v_reg  <= w_data_i[6];
      \nz.mem_5_sv2v_reg  <= w_data_i[5];
      \nz.mem_4_sv2v_reg  <= w_data_i[4];
      \nz.mem_3_sv2v_reg  <= w_data_i[3];
      \nz.mem_2_sv2v_reg  <= w_data_i[2];
      \nz.mem_1_sv2v_reg  <= w_data_i[1];
      \nz.mem_0_sv2v_reg  <= w_data_i[0];
    end 
  end


endmodule



module bsg_mem_1r1w_width_p80_els_p2_read_write_same_addr_p0
(
  w_clk_i,
  w_reset_i,
  w_v_i,
  w_addr_i,
  w_data_i,
  r_v_i,
  r_addr_i,
  r_data_o
);

  input [0:0] w_addr_i;
  input [79:0] w_data_i;
  input [0:0] r_addr_i;
  output [79:0] r_data_o;
  input w_clk_i;
  input w_reset_i;
  input w_v_i;
  input r_v_i;
  wire [79:0] r_data_o;

  bsg_mem_1r1w_synth_width_p80_els_p2_read_write_same_addr_p0
  synth
  (
    .w_clk_i(w_clk_i),
    .w_reset_i(w_reset_i),
    .w_v_i(w_v_i),
    .w_addr_i(w_addr_i[0]),
    .w_data_i(w_data_i),
    .r_v_i(r_v_i),
    .r_addr_i(r_addr_i[0]),
    .r_data_o(r_data_o)
  );


endmodule



module bsg_two_fifo_width_p80
(
  clk_i,
  reset_i,
  ready_o,
  data_i,
  v_i,
  v_o,
  data_o,
  yumi_i
);

  input [79:0] data_i;
  output [79:0] data_o;
  input clk_i;
  input reset_i;
  input v_i;
  input yumi_i;
  output ready_o;
  output v_o;
  wire [79:0] data_o;
  wire ready_o,v_o,enq_i,tail_r,_0_net_,head_r,empty_r,full_r,N0,N1,N2,N3,N4,N5,N6,N7,
  N8,N9,N10,N11,N12,N13,N14;
  reg full_r_sv2v_reg,tail_r_sv2v_reg,head_r_sv2v_reg,empty_r_sv2v_reg;
  assign full_r = full_r_sv2v_reg;
  assign tail_r = tail_r_sv2v_reg;
  assign head_r = head_r_sv2v_reg;
  assign empty_r = empty_r_sv2v_reg;

  bsg_mem_1r1w_width_p80_els_p2_read_write_same_addr_p0
  mem_1r1w
  (
    .w_clk_i(clk_i),
    .w_reset_i(reset_i),
    .w_v_i(enq_i),
    .w_addr_i(tail_r),
    .w_data_i(data_i),
    .r_v_i(_0_net_),
    .r_addr_i(head_r),
    .r_data_o(data_o)
  );

  assign _0_net_ = ~empty_r;
  assign v_o = ~empty_r;
  assign ready_o = ~full_r;
  assign enq_i = v_i & N5;
  assign N5 = ~full_r;
  assign N1 = enq_i;
  assign N0 = ~tail_r;
  assign N2 = ~head_r;
  assign N3 = N7 | N9;
  assign N7 = empty_r & N6;
  assign N6 = ~enq_i;
  assign N9 = N8 & N6;
  assign N8 = N5 & yumi_i;
  assign N4 = N13 | N14;
  assign N13 = N11 & N12;
  assign N11 = N10 & enq_i;
  assign N10 = ~empty_r;
  assign N12 = ~yumi_i;
  assign N14 = full_r & N12;

  always @(posedge clk_i) begin
    if(reset_i) begin
      full_r_sv2v_reg <= 1'b0;
      empty_r_sv2v_reg <= 1'b1;
    end else if(1'b1) begin
      full_r_sv2v_reg <= N4;
      empty_r_sv2v_reg <= N3;
    end 
    if(reset_i) begin
      tail_r_sv2v_reg <= 1'b0;
    end else if(N1) begin
      tail_r_sv2v_reg <= N0;
    end 
    if(reset_i) begin
      head_r_sv2v_reg <= 1'b0;
    end else if(yumi_i) begin
      head_r_sv2v_reg <= N2;
    end 
  end


endmodule



module bsg_counter_clear_up_max_val_p4_init_val_p0
(
  clk_i,
  reset_i,
  clear_i,
  up_i,
  count_o
);

  output [2:0] count_o;
  input clk_i;
  input reset_i;
  input clear_i;
  input up_i;
  wire [2:0] count_o;
  wire N0,N1,N4,N5,N6,N8,N9,N10,N11,N12,N13,N14,N15,N2,N3,N7,N30,N16;
  reg count_o_2_sv2v_reg,count_o_1_sv2v_reg,count_o_0_sv2v_reg;
  assign count_o[2] = count_o_2_sv2v_reg;
  assign count_o[1] = count_o_1_sv2v_reg;
  assign count_o[0] = count_o_0_sv2v_reg;
  assign N16 = reset_i | clear_i;
  assign { N8, N6, N5 } = count_o + 1'b1;
  assign N9 = (N0)? 1'b1 : 
              (N7)? 1'b1 : 
              (N3)? 1'b0 : 1'b0;
  assign N0 = clear_i;
  assign N11 = (N1)? 1'b1 : 
               (N30)? 1'b0 : 1'b0;
  assign N1 = up_i;
  assign N10 = (N0)? up_i : 
               (N7)? N5 : 1'b0;
  assign N4 = N15;
  assign N12 = ~reset_i;
  assign N13 = ~clear_i;
  assign N14 = N12 & N13;
  assign N15 = up_i & N14;
  assign N2 = up_i | clear_i;
  assign N3 = ~N2;
  assign N7 = up_i & N13;
  assign N30 = ~up_i;

  always @(posedge clk_i) begin
    if(N16) begin
      count_o_2_sv2v_reg <= 1'b0;
      count_o_1_sv2v_reg <= 1'b0;
    end else if(N11) begin
      count_o_2_sv2v_reg <= N8;
      count_o_1_sv2v_reg <= N6;
    end 
    if(reset_i) begin
      count_o_0_sv2v_reg <= 1'b0;
    end else if(N9) begin
      count_o_0_sv2v_reg <= N10;
    end 
  end


endmodule



module bsg_mux_width_p16_els_p5
(
  data_i,
  sel_i,
  data_o
);

  input [79:0] data_i;
  input [2:0] sel_i;
  output [15:0] data_o;
  wire [15:0] data_o;
  wire N0,N1,N2,N3,N4,N5,N6,N7,N8,N9,N10,N11,N12,N13;
  assign N10 = N0 & N1 & N2;
  assign N0 = ~sel_i[2];
  assign N1 = ~sel_i[0];
  assign N2 = ~sel_i[1];
  assign N11 = sel_i[0] & N3;
  assign N3 = ~sel_i[1];
  assign N12 = N4 & sel_i[1];
  assign N4 = ~sel_i[0];
  assign N13 = sel_i[0] & sel_i[1];
  assign data_o[15] = (N5)? data_i[15] : 
                      (N6)? data_i[31] : 
                      (N7)? data_i[47] : 
                      (N8)? data_i[63] : 
                      (N9)? data_i[79] : 1'b0;
  assign N5 = N10;
  assign N6 = N11;
  assign N7 = N12;
  assign N8 = N13;
  assign N9 = sel_i[2];
  assign data_o[14] = (N5)? data_i[14] : 
                      (N6)? data_i[30] : 
                      (N7)? data_i[46] : 
                      (N8)? data_i[62] : 
                      (N9)? data_i[78] : 1'b0;
  assign data_o[13] = (N5)? data_i[13] : 
                      (N6)? data_i[29] : 
                      (N7)? data_i[45] : 
                      (N8)? data_i[61] : 
                      (N9)? data_i[77] : 1'b0;
  assign data_o[12] = (N5)? data_i[12] : 
                      (N6)? data_i[28] : 
                      (N7)? data_i[44] : 
                      (N8)? data_i[60] : 
                      (N9)? data_i[76] : 1'b0;
  assign data_o[11] = (N5)? data_i[11] : 
                      (N6)? data_i[27] : 
                      (N7)? data_i[43] : 
                      (N8)? data_i[59] : 
                      (N9)? data_i[75] : 1'b0;
  assign data_o[10] = (N5)? data_i[10] : 
                      (N6)? data_i[26] : 
                      (N7)? data_i[42] : 
                      (N8)? data_i[58] : 
                      (N9)? data_i[74] : 1'b0;
  assign data_o[9] = (N5)? data_i[9] : 
                     (N6)? data_i[25] : 
                     (N7)? data_i[41] : 
                     (N8)? data_i[57] : 
                     (N9)? data_i[73] : 1'b0;
  assign data_o[8] = (N5)? data_i[8] : 
                     (N6)? data_i[24] : 
                     (N7)? data_i[40] : 
                     (N8)? data_i[56] : 
                     (N9)? data_i[72] : 1'b0;
  assign data_o[7] = (N5)? data_i[7] : 
                     (N6)? data_i[23] : 
                     (N7)? data_i[39] : 
                     (N8)? data_i[55] : 
                     (N9)? data_i[71] : 1'b0;
  assign data_o[6] = (N5)? data_i[6] : 
                     (N6)? data_i[22] : 
                     (N7)? data_i[38] : 
                     (N8)? data_i[54] : 
                     (N9)? data_i[70] : 1'b0;
  assign data_o[5] = (N5)? data_i[5] : 
                     (N6)? data_i[21] : 
                     (N7)? data_i[37] : 
                     (N8)? data_i[53] : 
                     (N9)? data_i[69] : 1'b0;
  assign data_o[4] = (N5)? data_i[4] : 
                     (N6)? data_i[20] : 
                     (N7)? data_i[36] : 
                     (N8)? data_i[52] : 
                     (N9)? data_i[68] : 1'b0;
  assign data_o[3] = (N5)? data_i[3] : 
                     (N6)? data_i[19] : 
                     (N7)? data_i[35] : 
                     (N8)? data_i[51] : 
                     (N9)? data_i[67] : 1'b0;
  assign data_o[2] = (N5)? data_i[2] : 
                     (N6)? data_i[18] : 
                     (N7)? data_i[34] : 
                     (N8)? data_i[50] : 
                     (N9)? data_i[66] : 1'b0;
  assign data_o[1] = (N5)? data_i[1] : 
                     (N6)? data_i[17] : 
                     (N7)? data_i[33] : 
                     (N8)? data_i[49] : 
                     (N9)? data_i[65] : 1'b0;
  assign data_o[0] = (N5)? data_i[0] : 
                     (N6)? data_i[16] : 
                     (N7)? data_i[32] : 
                     (N8)? data_i[48] : 
                     (N9)? data_i[64] : 1'b0;

endmodule



module bsg_parallel_in_serial_out_dynamic
(
  clk_i,
  reset_i,
  v_i,
  len_i,
  data_i,
  ready_o,
  v_o,
  len_v_o,
  data_o,
  yumi_i
);

  input [2:0] len_i;
  input [79:0] data_i;
  output [15:0] data_o;
  input clk_i;
  input reset_i;
  input v_i;
  input yumi_i;
  output ready_o;
  output v_o;
  output len_v_o;
  wire [15:0] data_o;
  wire ready_o,v_o,len_v_o,count_r_is_last,up_li,clear_li,N0,N1,N3;
  wire [2:0] len_lo,count_lo;
  wire [79:0] fifo_data_lo;

  bsg_two_fifo_width_p3
  go_fifo
  (
    .clk_i(clk_i),
    .reset_i(reset_i),
    .ready_o(ready_o),
    .data_i(len_i),
    .v_i(v_i),
    .v_o(v_o),
    .data_o(len_lo),
    .yumi_i(clear_li)
  );


  bsg_two_fifo_width_p80
  data_fifo
  (
    .clk_i(clk_i),
    .reset_i(reset_i),
    .data_i(data_i),
    .v_i(v_i),
    .data_o(fifo_data_lo),
    .yumi_i(clear_li)
  );

  assign count_r_is_last = count_lo == len_lo;

  bsg_counter_clear_up_max_val_p4_init_val_p0
  ctr
  (
    .clk_i(clk_i),
    .reset_i(reset_i),
    .clear_i(clear_li),
    .up_i(up_li),
    .count_o(count_lo)
  );


  bsg_mux_width_p16_els_p5
  data_mux
  (
    .data_i(fifo_data_lo),
    .sel_i(count_lo),
    .data_o(data_o)
  );

  assign N0 = count_lo[1] | count_lo[2];
  assign N1 = count_lo[0] | N0;
  assign len_v_o = ~N1;
  assign up_li = yumi_i & N3;
  assign N3 = ~count_r_is_last;
  assign clear_li = yumi_i & count_r_is_last;

endmodule